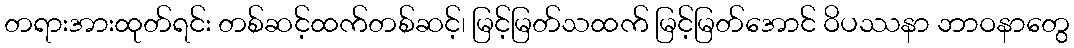
တရားအားထုတ်ရင်း တစ်ဆင့်ထက်တစ်ဆင့်၊ မြင့်မြတ်သထက် မြင့်မြတ်အောင် ဝိပဿနာ ဘာဝနာတွေ